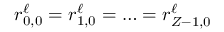
r _ { 0 , 0 } ^ { \ell } = r _ { 1 , 0 } ^ { \ell } = \ldots = r _ { Z - 1 , 0 } ^ { \ell }